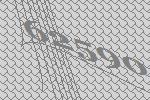
62590